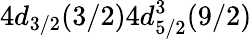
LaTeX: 4d_{3/2}(3/2)4d_{5/2}^{3}(9/2)